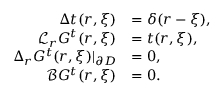
\begin{array} { r l } { \Delta t ( \boldsymbol { r } , \boldsymbol { \xi } ) } & { = \delta ( \boldsymbol { r } - \boldsymbol { \xi } ) , } \\ { \mathcal { L } _ { \boldsymbol { r } } G ^ { t } ( \boldsymbol { r } , \boldsymbol { \xi } ) } & { = t ( \boldsymbol { r } , \boldsymbol { \xi } ) , } \\ { \Delta _ { \boldsymbol { r } } G ^ { t } ( \boldsymbol { r } , \boldsymbol { \xi } ) | _ { \partial D } } & { = 0 , } \\ { \mathcal { B } G ^ { t } ( \boldsymbol { r } , \boldsymbol { \xi } ) } & { = 0 . } \end{array}